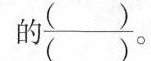
的\frac{（）}{（）}。